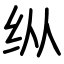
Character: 纵